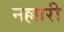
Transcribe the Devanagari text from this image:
नल्लारी